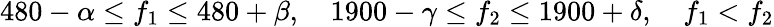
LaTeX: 480-\alpha\leq f_{1}\leq 480+\beta,\quad 1900-\gamma\leq f_{2}\leq 1900+\delta,\quad f_{1}<f_{2}